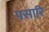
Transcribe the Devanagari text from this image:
पसारि